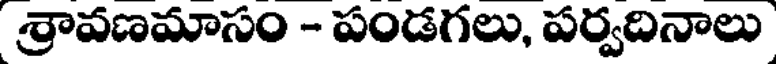
శ్రావణమాసం - పండగలు, పర్వదినాలు